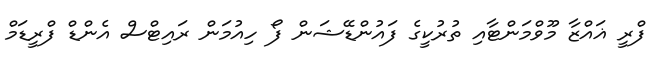
ފްރީ ޣައްޒާ މޫވްމަންޓާއި ތުރުކީގެ ފައުންޑޭޝަން ފޯ ހިއުމަން ރައިޓްސް އެންޑް ފްރީޑަމް